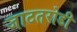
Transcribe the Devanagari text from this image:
जाटतरोडी